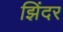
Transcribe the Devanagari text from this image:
झिंदर